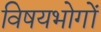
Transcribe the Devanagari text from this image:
विषयभोगों